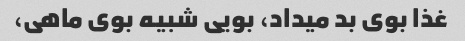
غذا بوی بد میداد، بویی شبیه بوی ماهی،